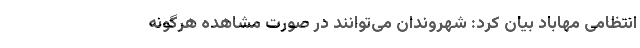
انتظامی مهاباد بیان کرد: شهروندان می‌توانند در صورت مشاهده هرگونه